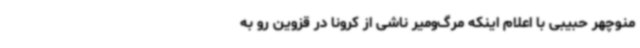
منوچهر حبیبی با اعلام اینکه مرگ‌ومیر ناشی از کرونا در قزوین رو به